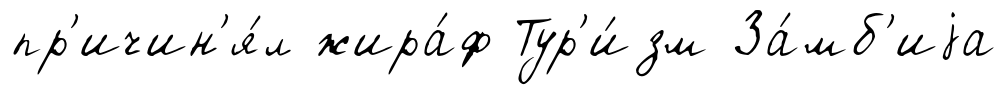
пр'ичин'я́л жира́ф Тур'и́зм За́мб'иjа